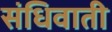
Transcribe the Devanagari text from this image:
संधिवाती